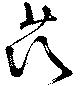
茨